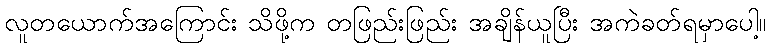
လူတယောက်အကြောင်း သိဖို့က တဖြည်းဖြည်း အချိန်ယူပြီး အကဲခတ်ရမှာပေါ့။